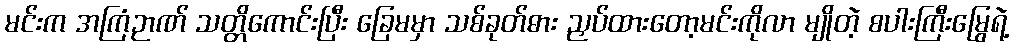
မင်းက အကြံဉာဏ် သတ္တိကောင်းပြီး ခြေမမှာ သစ်ခုတ်ဓား ညှပ်ထားတော့မင်းကိုလာ မျိုတဲ့ စပါးကြီးမြွေရဲ့